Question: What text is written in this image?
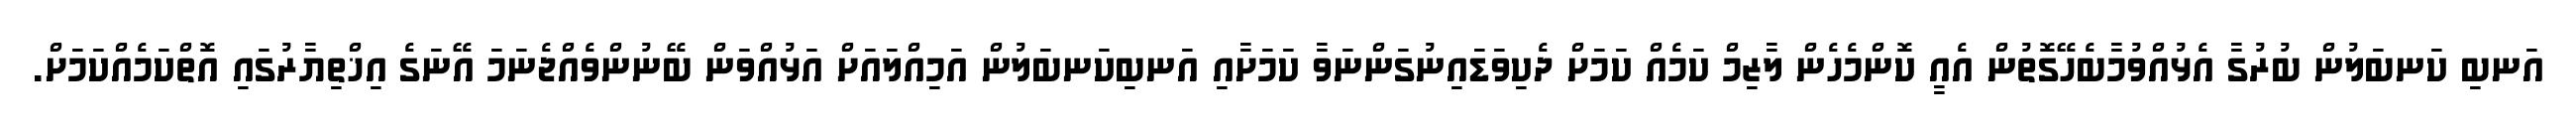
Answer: އަނބި ކަނބަލުން ބުރުގާ އެޅުއްވުމާބެހޭގޮތުން އެއީ ކޮންމެހެން ލާޒިމް ކަމެއް ކަމަށް ދެކިވަޑައިނުގަންނަވާ ކަމަށާއި އަނބިކަނބަލުން އަމިއްލައަށް އަޅުއްވަން ބޭނުންވެއްޖެނަމަ އޭނަގެ އިޚްތިޔާރުގައި އޮތްކަމެއްކަމަށް.